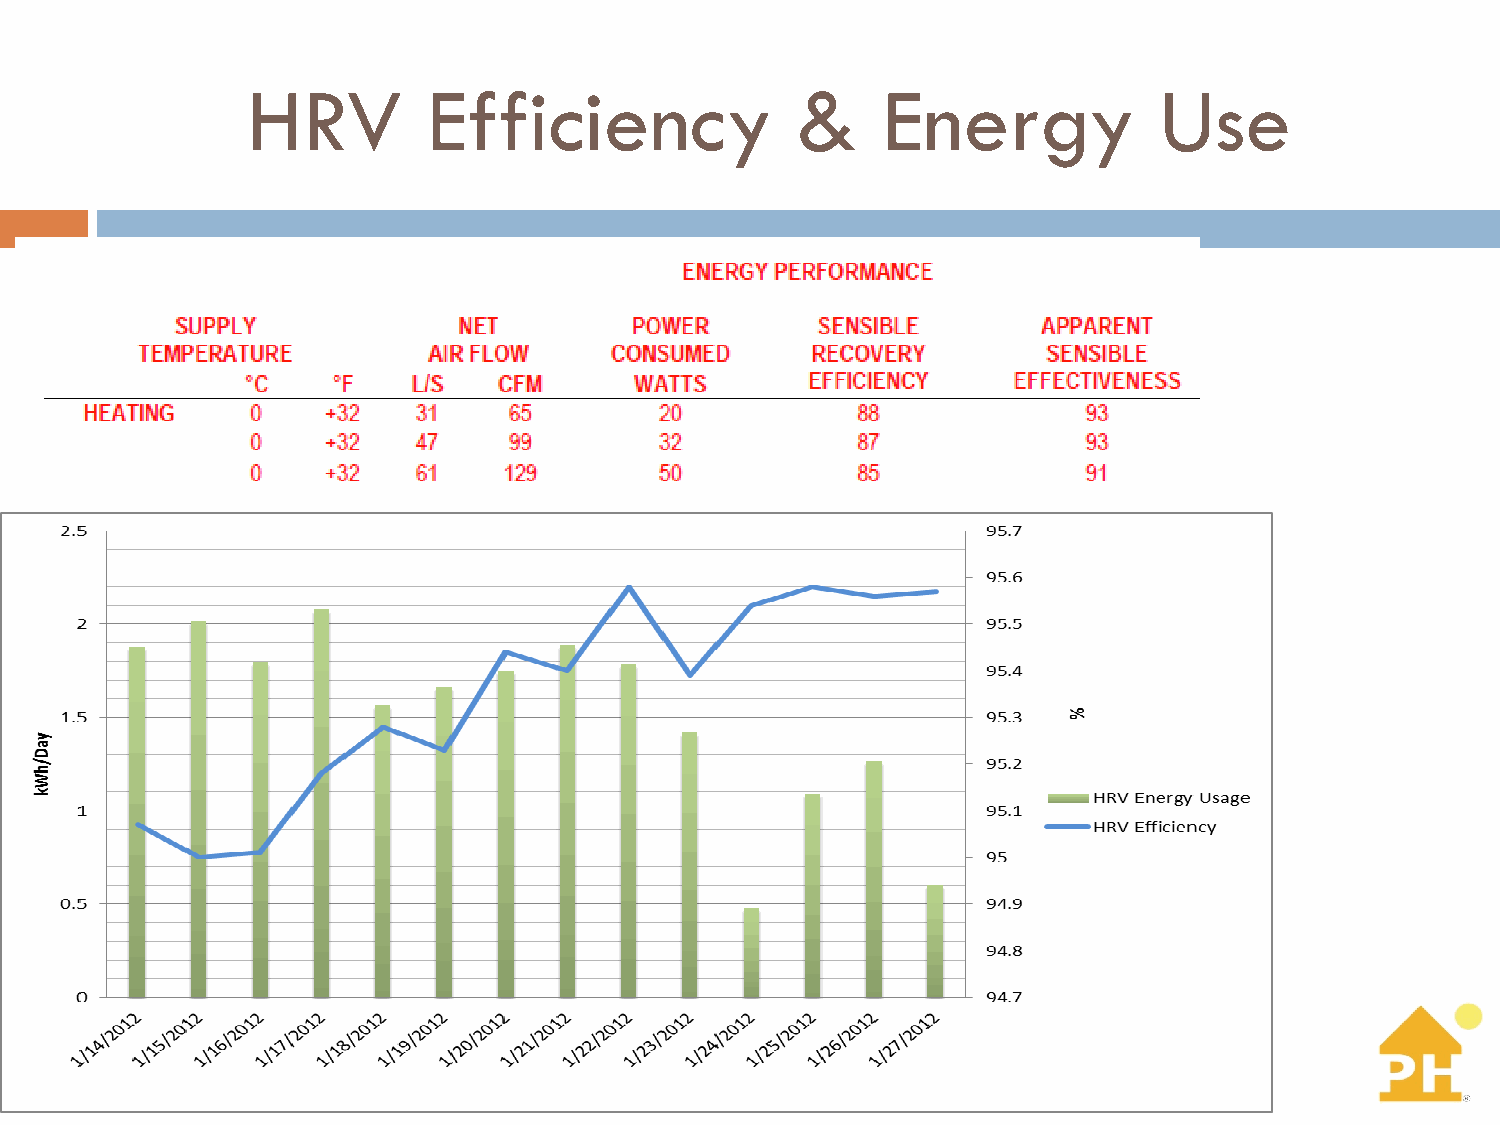
HRV         Efficiency               &    Energy             Use